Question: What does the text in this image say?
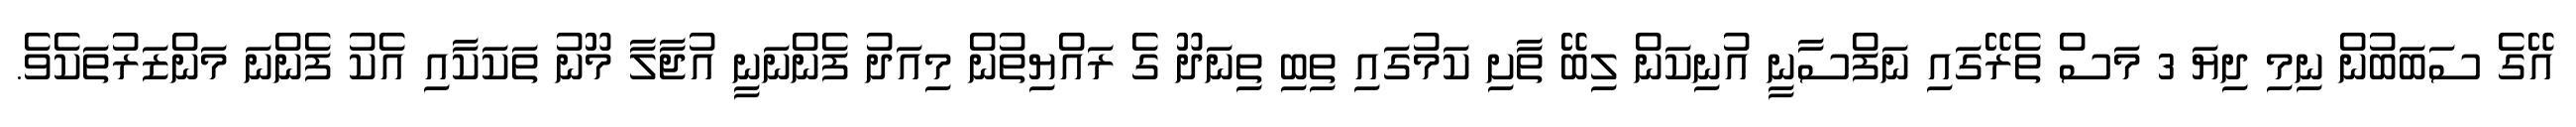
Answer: އޭގެ ސަބަބުން ނިމި ދިޔަ 3 މަސް ތެރޭގައި ނަފްސާނީ އުނިކަން ލިބޭ ތާށި ކަމުގައި ތިބި ތިނަދޫ ގެ ރައްޔިތުން މިއަދު ފެންނަނީ އުޖާލާ މޫނު ތަކަކާއި އެކު ފެންނަ މަންޒަރުތަކެވެ.